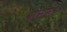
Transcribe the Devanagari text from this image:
भेासले